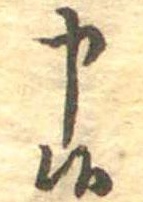
申候